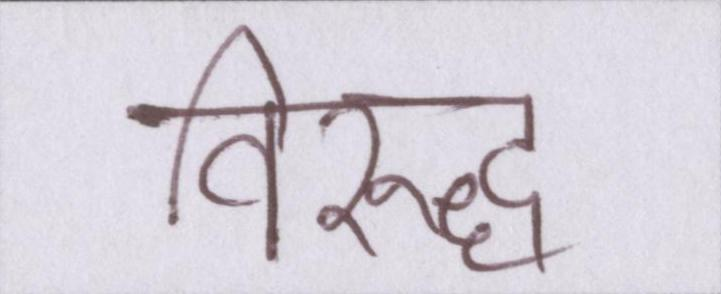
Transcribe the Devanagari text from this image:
विरुद्ध